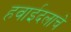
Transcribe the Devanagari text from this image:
हवाईदलाचे